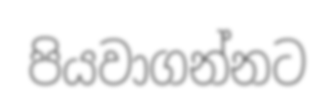
පියවාගන්නට